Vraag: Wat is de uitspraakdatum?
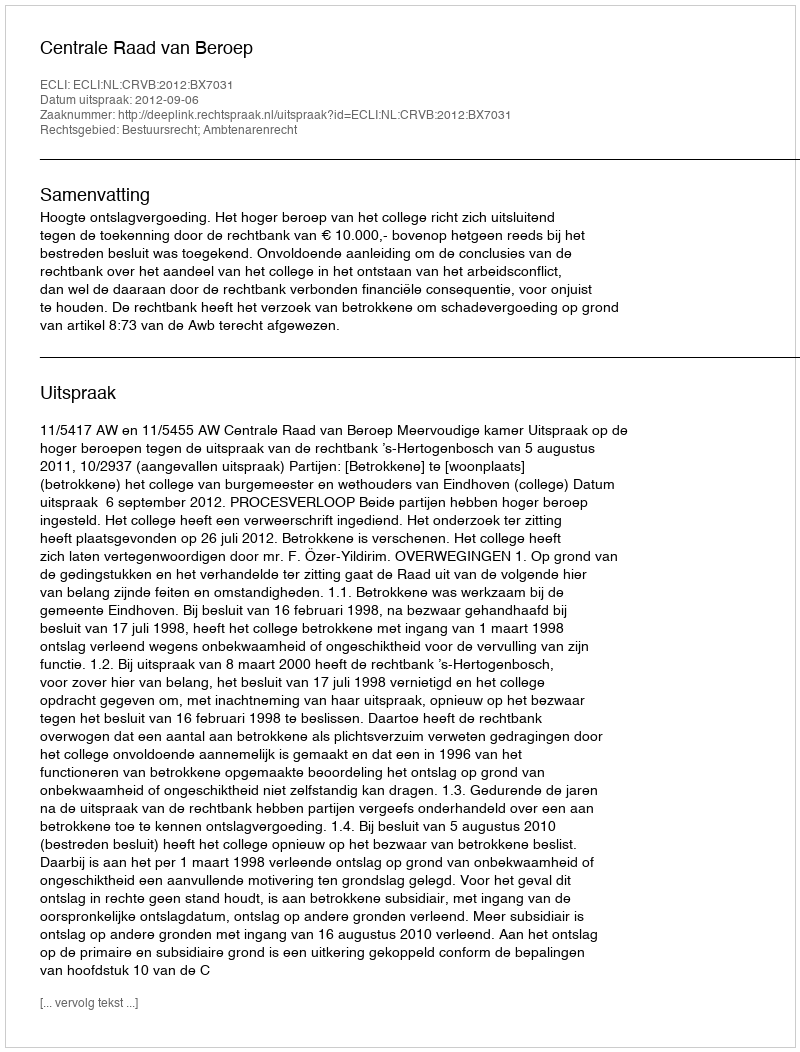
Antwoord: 2012-09-06